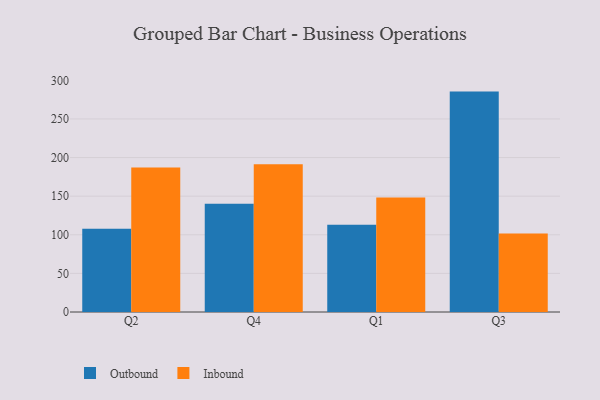
{"axis": {"x": "Quarter", "y": "Tickets Resolved"}, "legend": ["Inbound", "Outbound"], "data": [{"x": "Q2", "y": 107.8, "type": "Outbound"}, {"x": "Q2", "y": 187.2, "type": "Inbound"}, {"x": "Q4", "y": 140.3, "type": "Outbound"}, {"x": "Q4", "y": 191.3, "type": "Inbound"}, {"x": "Q1", "y": 113.0, "type": "Outbound"}, {"x": "Q1", "y": 148.2, "type": "Inbound"}, {"x": "Q3", "y": 285.4, "type": "Outbound"}, {"x": "Q3", "y": 101.5, "type": "Inbound"}]}